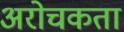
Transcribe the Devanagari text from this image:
अरोचकता